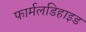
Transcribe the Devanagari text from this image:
फार्मलडिहाइड